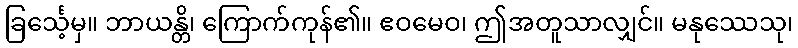
ခြင်္သေ့မှ။ ဘာယန္တိ၊ ကြောက်ကုန်၏။ ဧဝမေဝ၊ ဤအတူသာလျှင်။ မနုဿေသု၊